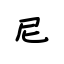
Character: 尼